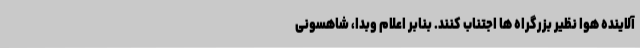
آلاینده هوا نظیر بزرگراه ها اجتناب کنند. بنابر اعلام وبدا، شاهسونی